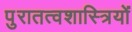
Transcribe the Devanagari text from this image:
पुरातत्‍वशास्त्रियों